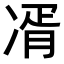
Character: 𭂘